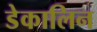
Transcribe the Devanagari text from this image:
डेकालिन